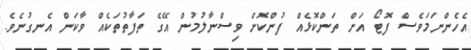
އެހެންނަމަވެސް ފޮޓޯ އަށް ތަންކޮޅެއް ފުންކޮށް ވިސްނާލުމުން އޭގެ ތަފާތުތަކެއް ވާކަން އެނގުނެވެ.